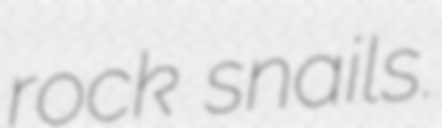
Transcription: rock snails.